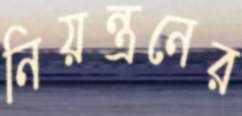
নিয়ন্ত্রনের